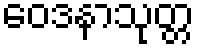
ဝေဒနာသုတ္တ